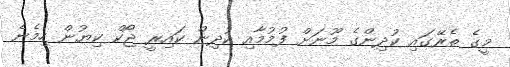
މީގެ ތެރޭގައި ކުދިންގެ މޫނަށް ފުމުމާއި ކުދިން ކައިރީ ޖޯކް ކިޔުން ހިމެނެ